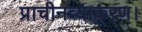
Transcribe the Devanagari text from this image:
प्राचीनव्याकरण।